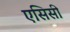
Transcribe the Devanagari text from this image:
एसिसी